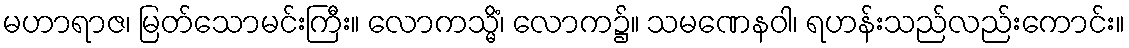
မဟာရာဇ၊ မြတ်သောမင်းကြီး။ လောကသ္မိံ၊ လောက၌။ သမဏေနဝါ၊ ရဟန်းသည်လည်းကောင်း။